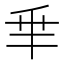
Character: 𠂯